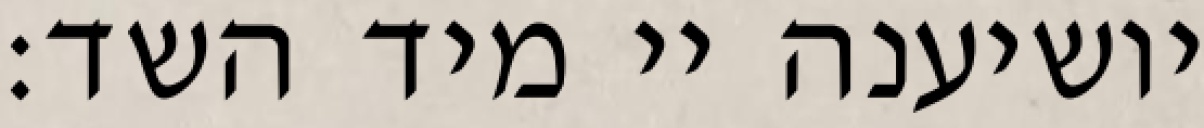
יושיענה יי מיד השד: